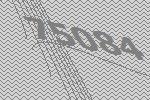
75084